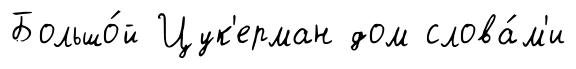
Большо́й Цук'ерман дом слова́м'и